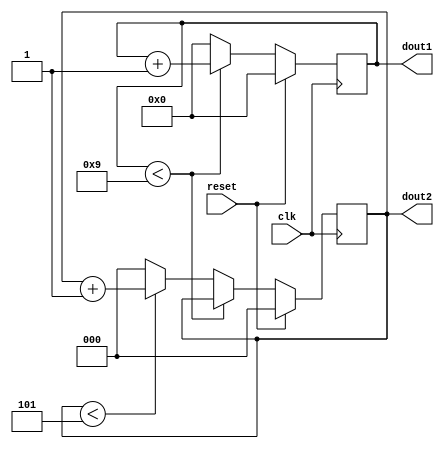
module stopwatch ( clk ,reset ,dout1, dout2);

output [3:0] dout1;
output[2:0] dout2;
reg [3:0] dout1;
reg[2:0] dout2;

input clk ;
wire clk ;
input reset ;
wire reset ;

initial dout1 = 0;
initial dout2 = 0;

always @ (posedge (clk)) begin
 if (reset)
begin
  dout1 <= 0;
  dout2 <=0;
end
 else if (dout1<9)
  dout1 <= dout1 + 1;
 else
begin
  dout1 <= 0;
 if(dout2 <5)
dout2 <= dout2+1;
else
dout2 <=0;
end
end
      
endmodule